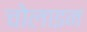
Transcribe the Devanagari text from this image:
चोलाइन